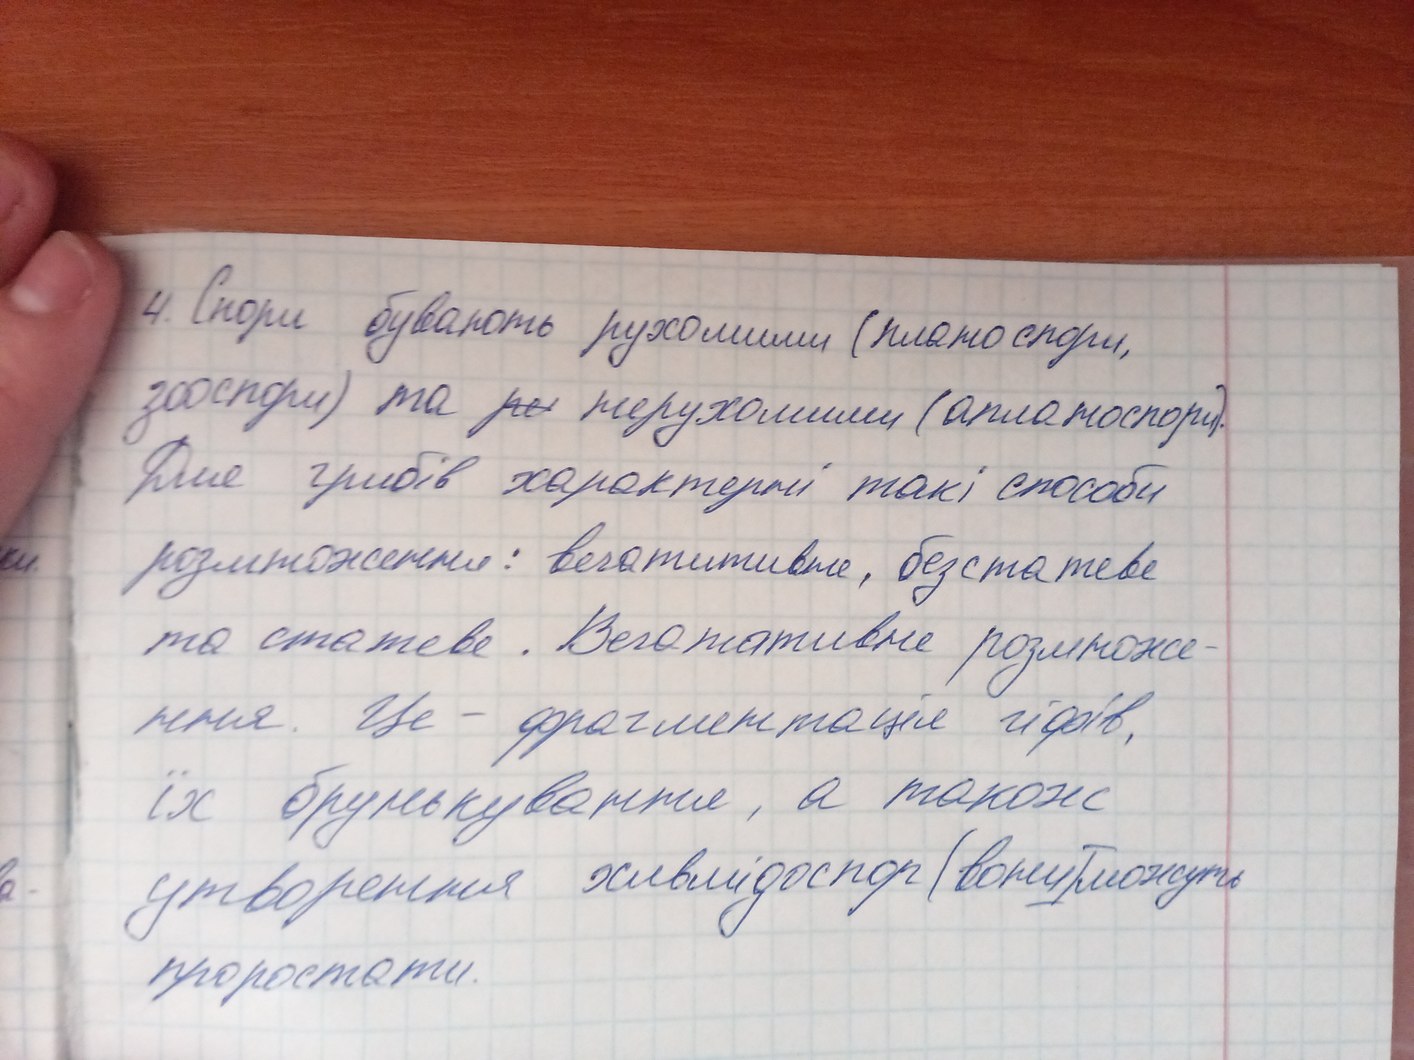
4. Спори бувають рухомими (планоспори,
зооспори) та ~~ри~~ нерухомими (апланоспори).
Для грибів характерні такі способи
розмноження: вегатитивне, безстатеве
та статеве. Вегетативне розмноже-
ння. Це - фрагментація гіфів,
їх брунькування, а також
утворення хламідоспор (вони можуть
проростати.